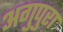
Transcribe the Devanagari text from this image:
अगुपुरा